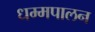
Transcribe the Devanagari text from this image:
धम्मपालन